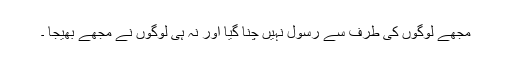
مجھے لوگوں کی طرف سے رسول نہیں چنا گیا اور نہ ہی لوگوں نے مجھے بھیجا ۔